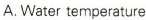
A.Water temperature